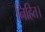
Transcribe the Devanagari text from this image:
निहित।